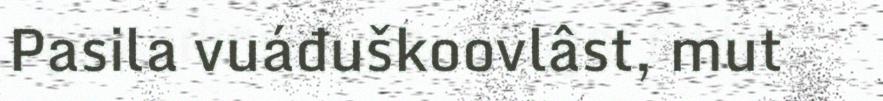
Pasila vuáđuškoovlâst, mut